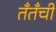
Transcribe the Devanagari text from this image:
तँतँची